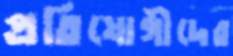
প্রতিযোগীদের